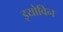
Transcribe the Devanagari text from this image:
इयोविन